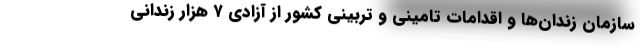
سازمان زندان‌ها و اقدامات تامینی و تربینی کشور از آزادی ۷ هزار زندانی